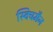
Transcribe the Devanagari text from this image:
स्विचमैन